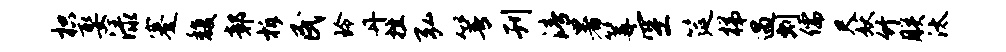
枳娶渌蹇馥鄣柝民玲丹挫弘箐刊清暑篝空筵梯遇剽儒尺妖竹朕汰